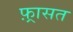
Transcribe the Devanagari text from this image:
फ़्रासत